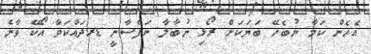
އެހެން ކަމާ ނުބެހޭ ބަޔަކަށް ރޯޅި ނުބާލާ ނަފްސާނީ ޑރދައްކަވާ އޯކޭ ވާނެ